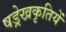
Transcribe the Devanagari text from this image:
षड्रेखकृतियें